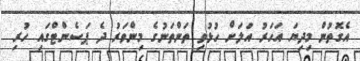
އެގޮތުން މިދިޔަ އަހަރު އަލަށް ހުޅުވި ތަންތަނުގެ މިންވަރު ދެ ޕަސެންޓްގައި ހުރި